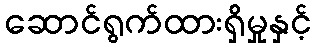
ဆောင်ရွက်ထားရှိမှုနှင့်